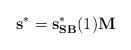
LaTeX: \begin{align*} \mathbf{s}^* =\mathbf{s}_{\mathbf{SB}}^*(1) \mathbf{M}\end{align*}